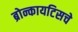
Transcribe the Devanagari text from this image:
ब्रोन्कायटिसचे